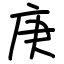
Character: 庚